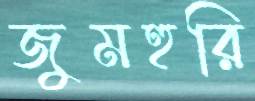
জুমহুরি